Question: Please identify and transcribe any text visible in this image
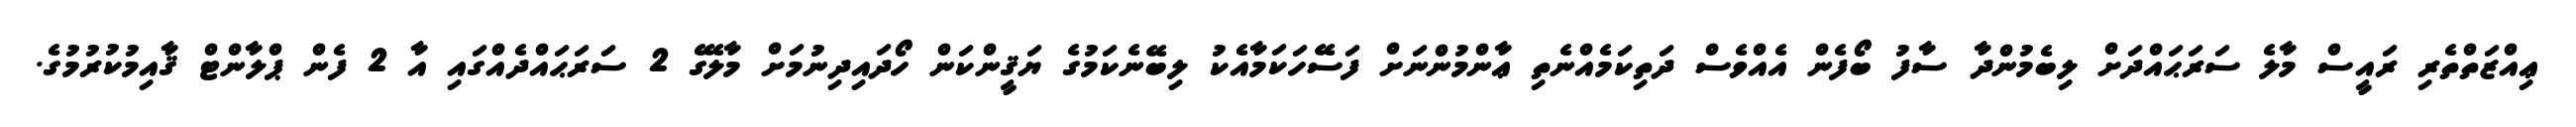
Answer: ޢިއްޒަތްތެރި ރައީސް މާލެ ސަރަޙައްދަށް ލިބެމުންދާ ސާފު ބޯފެން އެއްވެސް ދަތިކަމެއްނެތި ޢާންމުންނަށް ފަސޭހަކަމާއެކު ލިބޭނެކަމުގެ ޔަޤީންކަން ހޯދައިދިނުމަށް މާލޭގެ 2 ސަރަޙައްދެއްގައި އާ 2 ފެން ޕްލާންޓް ޤާއިމުކުރުމުގެ.